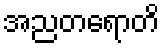
အညတရောတိ